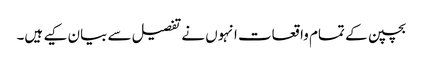
بچپن کے تمام واقعات انہوں نے تفصیل سے بیان کیے ہیں۔